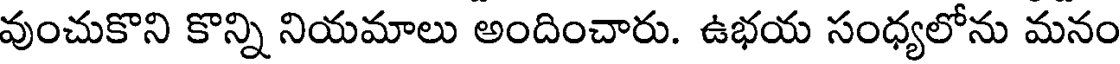
వుంచుకొని కొన్ని నియమాలు అందించారు. ఉభయ సంధ్యలోను మనం